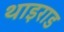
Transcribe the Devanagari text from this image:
थाइराड